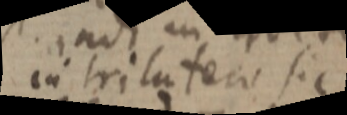
in trilatero sic